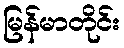
မြန်မာတိုင်း